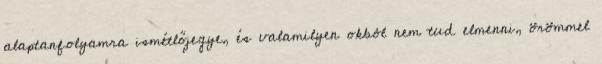
alaptanfolyamra ismétlőjegye, és valamilyen okból nem tud elmenni, örömmel